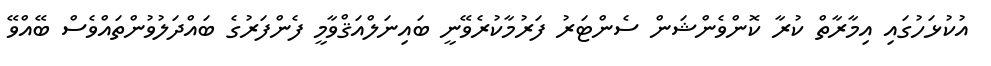
އުކުޅަހުގައި އިމާރާތް ކުރާ ކޮންވެންޝަން ސެންޓަރު ފަރުމާކުރެވޭނީ ބައިނަލްއަޤްވާމީ ފެންފަރުގެ ބައްދަލުވުންތައްވެސް ބޭއްވޭ